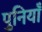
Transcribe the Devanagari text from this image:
पुनियाँ